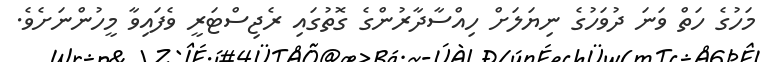
މަހުގެ ހަތް ވަނަ ދުވަހުގެ ނިޔަލަށް ހިއްސާދާރުންގެ ގޮތުގައި ރެޖިސްޓަރީ ވެފައިވާ މީހުންނަށެވެ.